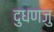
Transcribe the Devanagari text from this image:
दुधणजु